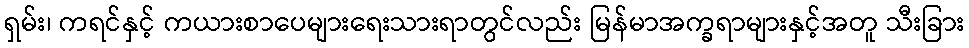
ရှမ်း၊ ကရင်နှင့် ကယားစာပေများရေးသားရာတွင်လည်း မြန်မာအက္ခရာများနှင့်အတူ သီးခြား